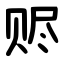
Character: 赆